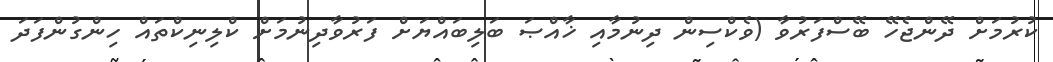
ކުރުމަށް ދޭންޖެހޭ ބޭސްފަރުވާ (ވެކްސިން ދިނުމާއި ޚާއްޞަ ބަލިބައްޔަށް ފަރުވާދިނުމަށް ކްލިނިކްތައް ހިންގުންފަދަ